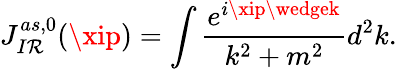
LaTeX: J_{I\mathcal{R}}^{as,0}(\xip)=\int\frac{{e^{i\xip\wedgek}}}{{k^{2}+m^{2}}}d^{2}k.